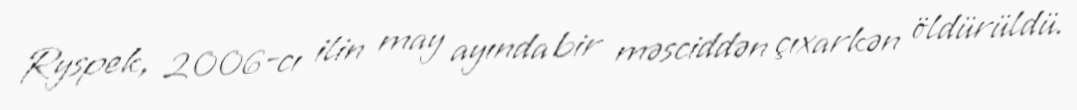
Ryspek, 2006-cı ilin may ayında bir məsciddən çıxarkən öldürüldü.